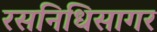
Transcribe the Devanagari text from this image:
रसनिधिसागर